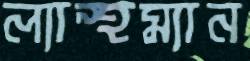
ল্যান্থম্যান